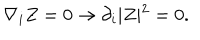
LaTeX: \nabla _ { i } Z = 0 \rightarrow \partial _ { i } \vert Z \vert ^ { 2 } = 0 .